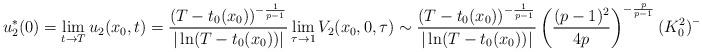
LaTeX: \begin{align*}u_2^* (0)= \lim_{t \to T} u_2(x_0, t) = \frac{(T- t_0 (x_0))^{- \frac{1}{p-1}}}{|\ln (T- t_0 (x_0))|} \lim_{\tau \to 1} V_2 (x_0, 0, \tau) \sim \frac{(T- t_0 (x_0))^{- \frac{1}{p-1}}}{|\ln (T- t_0 (x_0))|} \left(\frac{(p - 1)^2}{ 4 p} \right)^{- \frac{p}{p-1}} (K_0^2)^{- \frac{1}{p-1}}.\end{align*}